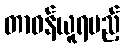
တာဝန်ယူရမည့်